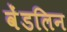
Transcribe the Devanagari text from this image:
वेंडलिन